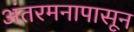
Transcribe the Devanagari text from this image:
अंतरमनापासून